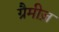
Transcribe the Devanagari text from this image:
ग्रैमीज़